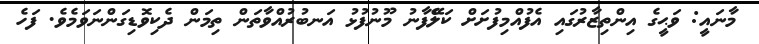
މާނައީ: ވަޙީގެ އިންތިޒާރުގައި އެފުއްމިފުށަށް ކަލޭެފާނު މޫނުފުޅު އަނބުރުއްވާތަން ތިމަން ދެކިވޮޑިގަންނަވަމެވެ. ފަހެ